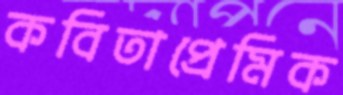
কবিতাপ্রেমিক